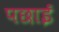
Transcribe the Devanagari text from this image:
पछाई